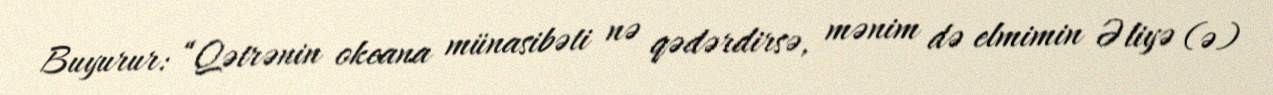
Buyurur: “Qətrənin okeana münasibəti nə qədərdirsə, mənim də elmimin Əliyə (ə)